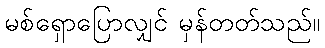
မစ်ရှောပြောလျှင် မှန်တတ်သည်။